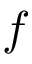
f